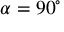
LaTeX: \alpha = 9 0 ^ { \circ }